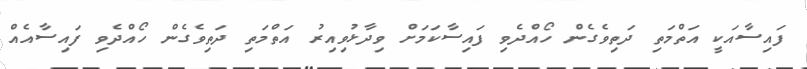
ފައިސާއަކީ އަތްމަތި ދަތިވެގެން ހޯއްދެވި ފައިސާކަމަށް ވިދާޅުވިއިރު އަތްމަތި ދަތިވެގެން ހޯއްދެވި ފައިސާއެއް